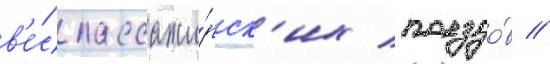
в'е́с пассажи́рск'их поездо́в //